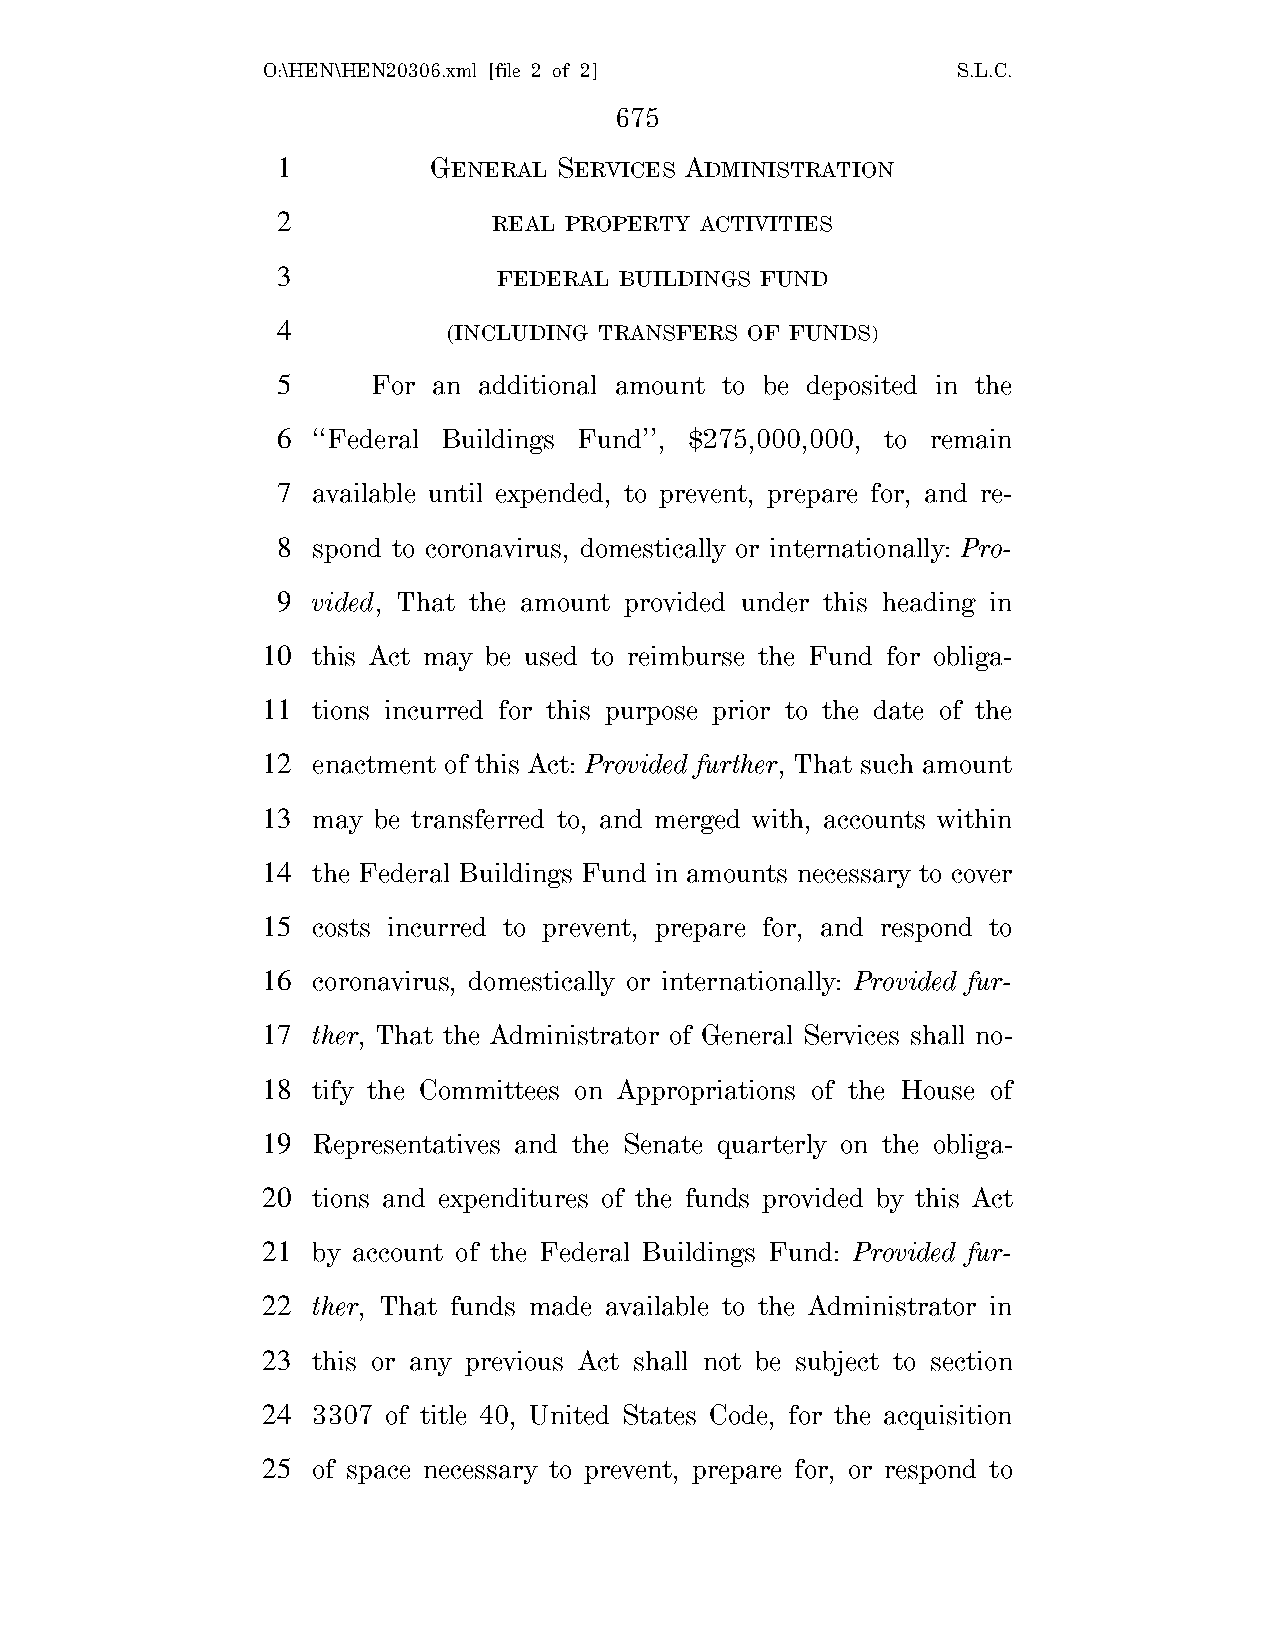
O:\HEN\HEN20306.xml [file 2 of 2]             S.L.C.
 675
 1         GENERAL  SERVICES ADMINISTRATION
 2              REAL PROPERTY ACTIVITIES
 3              FEDERAL BUILDINGS FUND
 4           (INCLUDING TRANSFERS OF FUNDS)
 5      For an additional amount to be deposited in the
 6  ‘‘Federal Buildings Fund’’, $275,000,000, to remain
 7  available until expended, to prevent, prepare for, and re-
 8  spond to coronavirus, domestically or internationally: Pro-
 9  vided, That the amount provided under this heading in
 10  this Act may be used to reimburse the Fund for obliga-
 11  tions incurred for this purpose prior to the date of the
 12  enactment of this Act: Provided further, That such amount
 13  may be transferred to, and merged with, accounts within
 14  the Federal Buildings Fund in amounts necessary to cover
 15  costs incurred to prevent, prepare for, and respond to
 16  coronavirus, domestically or internationally: Provided fur-
 17  ther, That the Administrator of General Services shall no-
 18  tify the Committees on Appropriations of the House of
 19  Representatives and the Senate quarterly on the obliga-
 20  tions and expenditures of the funds provided by this Act
 21  by account of the Federal Buildings Fund: Provided fur-
 22  ther, That funds made available to the Administrator in
 23  this or any previous Act shall not be subject to section
 24  3307 of title 40, United States Code, for the acquisition
 25  of space necessary to prevent, prepare for, or respond to